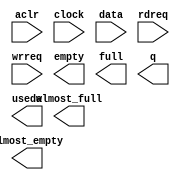
module net2pci_dma_512x32 (
	aclr,
	clock,
	data,
	rdreq,
	wrreq,
	almost_empty,
	almost_full,
	empty,
	full,
	q,
	usedw);

	input	  aclr;
	input	  clock;
	input	[31:0]  data;
	input	  rdreq;
	input	  wrreq;
	output	  almost_empty;
	output	  almost_full;
	output	  empty;
	output	  full;
	output	[31:0]  q;
	output	[8:0]  usedw;

endmodule